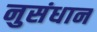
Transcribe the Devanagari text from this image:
नुसंधान